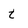
Character: t